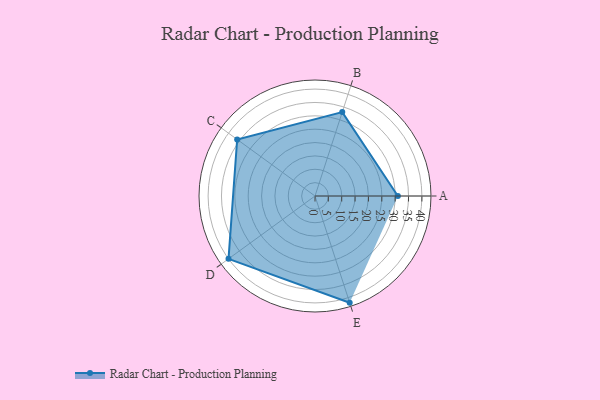
{"axis": {"x": "Skill", "y": "Score"}, "legend": ["Profile"], "data": [{"x": "A", "y": 31.0, "type": "Profile"}, {"x": "B", "y": 33.0, "type": "Profile"}, {"x": "C", "y": 36.0, "type": "Profile"}, {"x": "D", "y": 40.0, "type": "Profile"}, {"x": "E", "y": 42.0, "type": "Profile"}]}